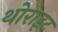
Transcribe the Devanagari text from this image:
थोराइट